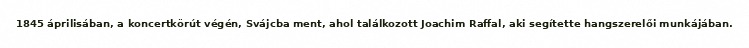
1845 áprilisában, a koncertkörút végén, Svájcba ment, ahol találkozott Joachim Raffal, aki segítette hangszerelői munkájában.